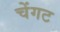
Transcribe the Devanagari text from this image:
चेंगट